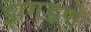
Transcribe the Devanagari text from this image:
झगडणे